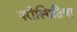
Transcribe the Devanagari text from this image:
परीस्थितिचा